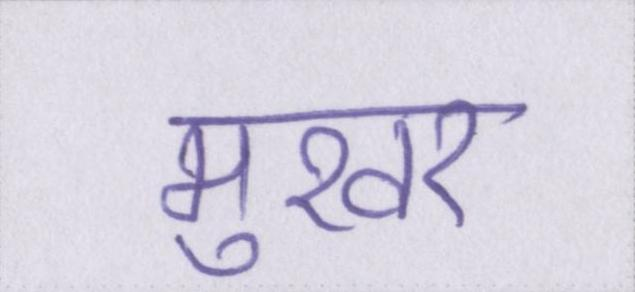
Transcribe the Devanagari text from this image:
मुखर